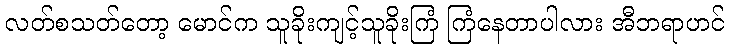
လတ်စသတ်တော့ မောင်က သူခိုးကျင့်သူခိုးကြံ ကြံနေတာပါလား အီဘရာဟင်